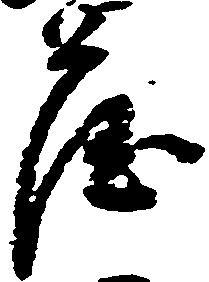
薩